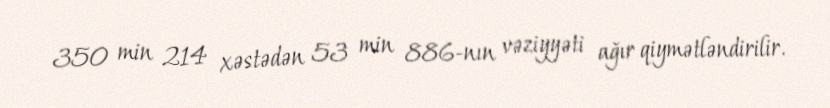
350 min 214 xəstədən 53 min 886-nın vəziyyəti ağır qiymətləndirilir.